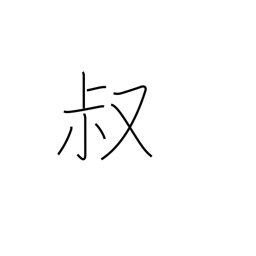
Meaning: youth